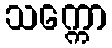
သက္ကော